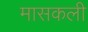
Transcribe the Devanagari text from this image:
मासकली